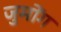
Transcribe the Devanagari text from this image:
जुमोंग